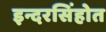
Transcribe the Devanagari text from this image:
इन्दरसिंहोत